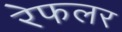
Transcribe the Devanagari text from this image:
रेफलर